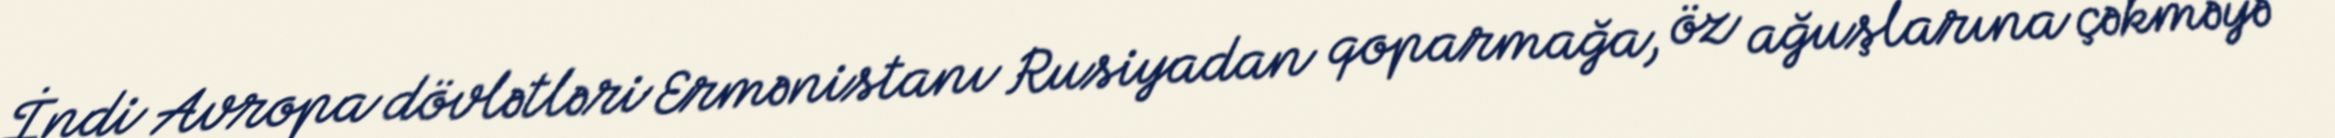
İndi Avropa dövlətləri Ermənistanı Rusiyadan qoparmağa, öz ağuşlarına çəkməyə